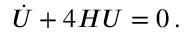
\dot { \cal U } + 4 H { \cal U } = 0 \, .